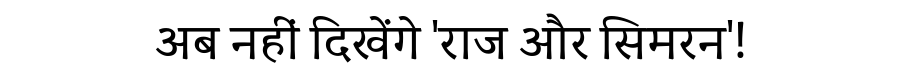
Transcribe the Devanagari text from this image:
अब नहीं दिखेंगे 'राज और सिमरन'!